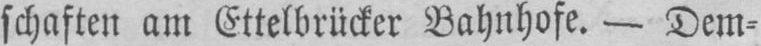
schaften am Ettelbrücker Bahnhofe. - Dem⸗